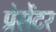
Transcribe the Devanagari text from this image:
प्रेसेंटर